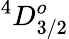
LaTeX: ^4D_{3/2}^{o}